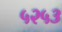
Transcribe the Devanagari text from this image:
५२५३